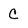
Character: C